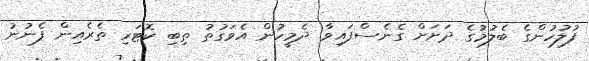
ފުލުހުންގެ ބެލުމުގެ ދަށަށް ގެނެސްފައިވާ ދެމީހުން އެވަގުތު ތިބި ކޮޓަރި ތެރެއިން ފެނުނު